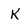
Character: k